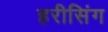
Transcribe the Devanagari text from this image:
हरीसिंग